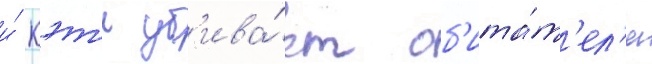
и́ кэт'и уб'ива́ет об'ита́т'ел'я